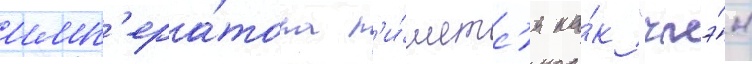
имп'ера́тора п'и́шетс'я ка́к "чжэ́н